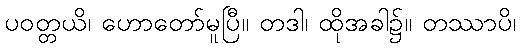
ပဝတ္တယိ၊ ဟောတော်မူပြီ။ တဒါ၊ ထိုအခါ၌။ တဿာပိ၊